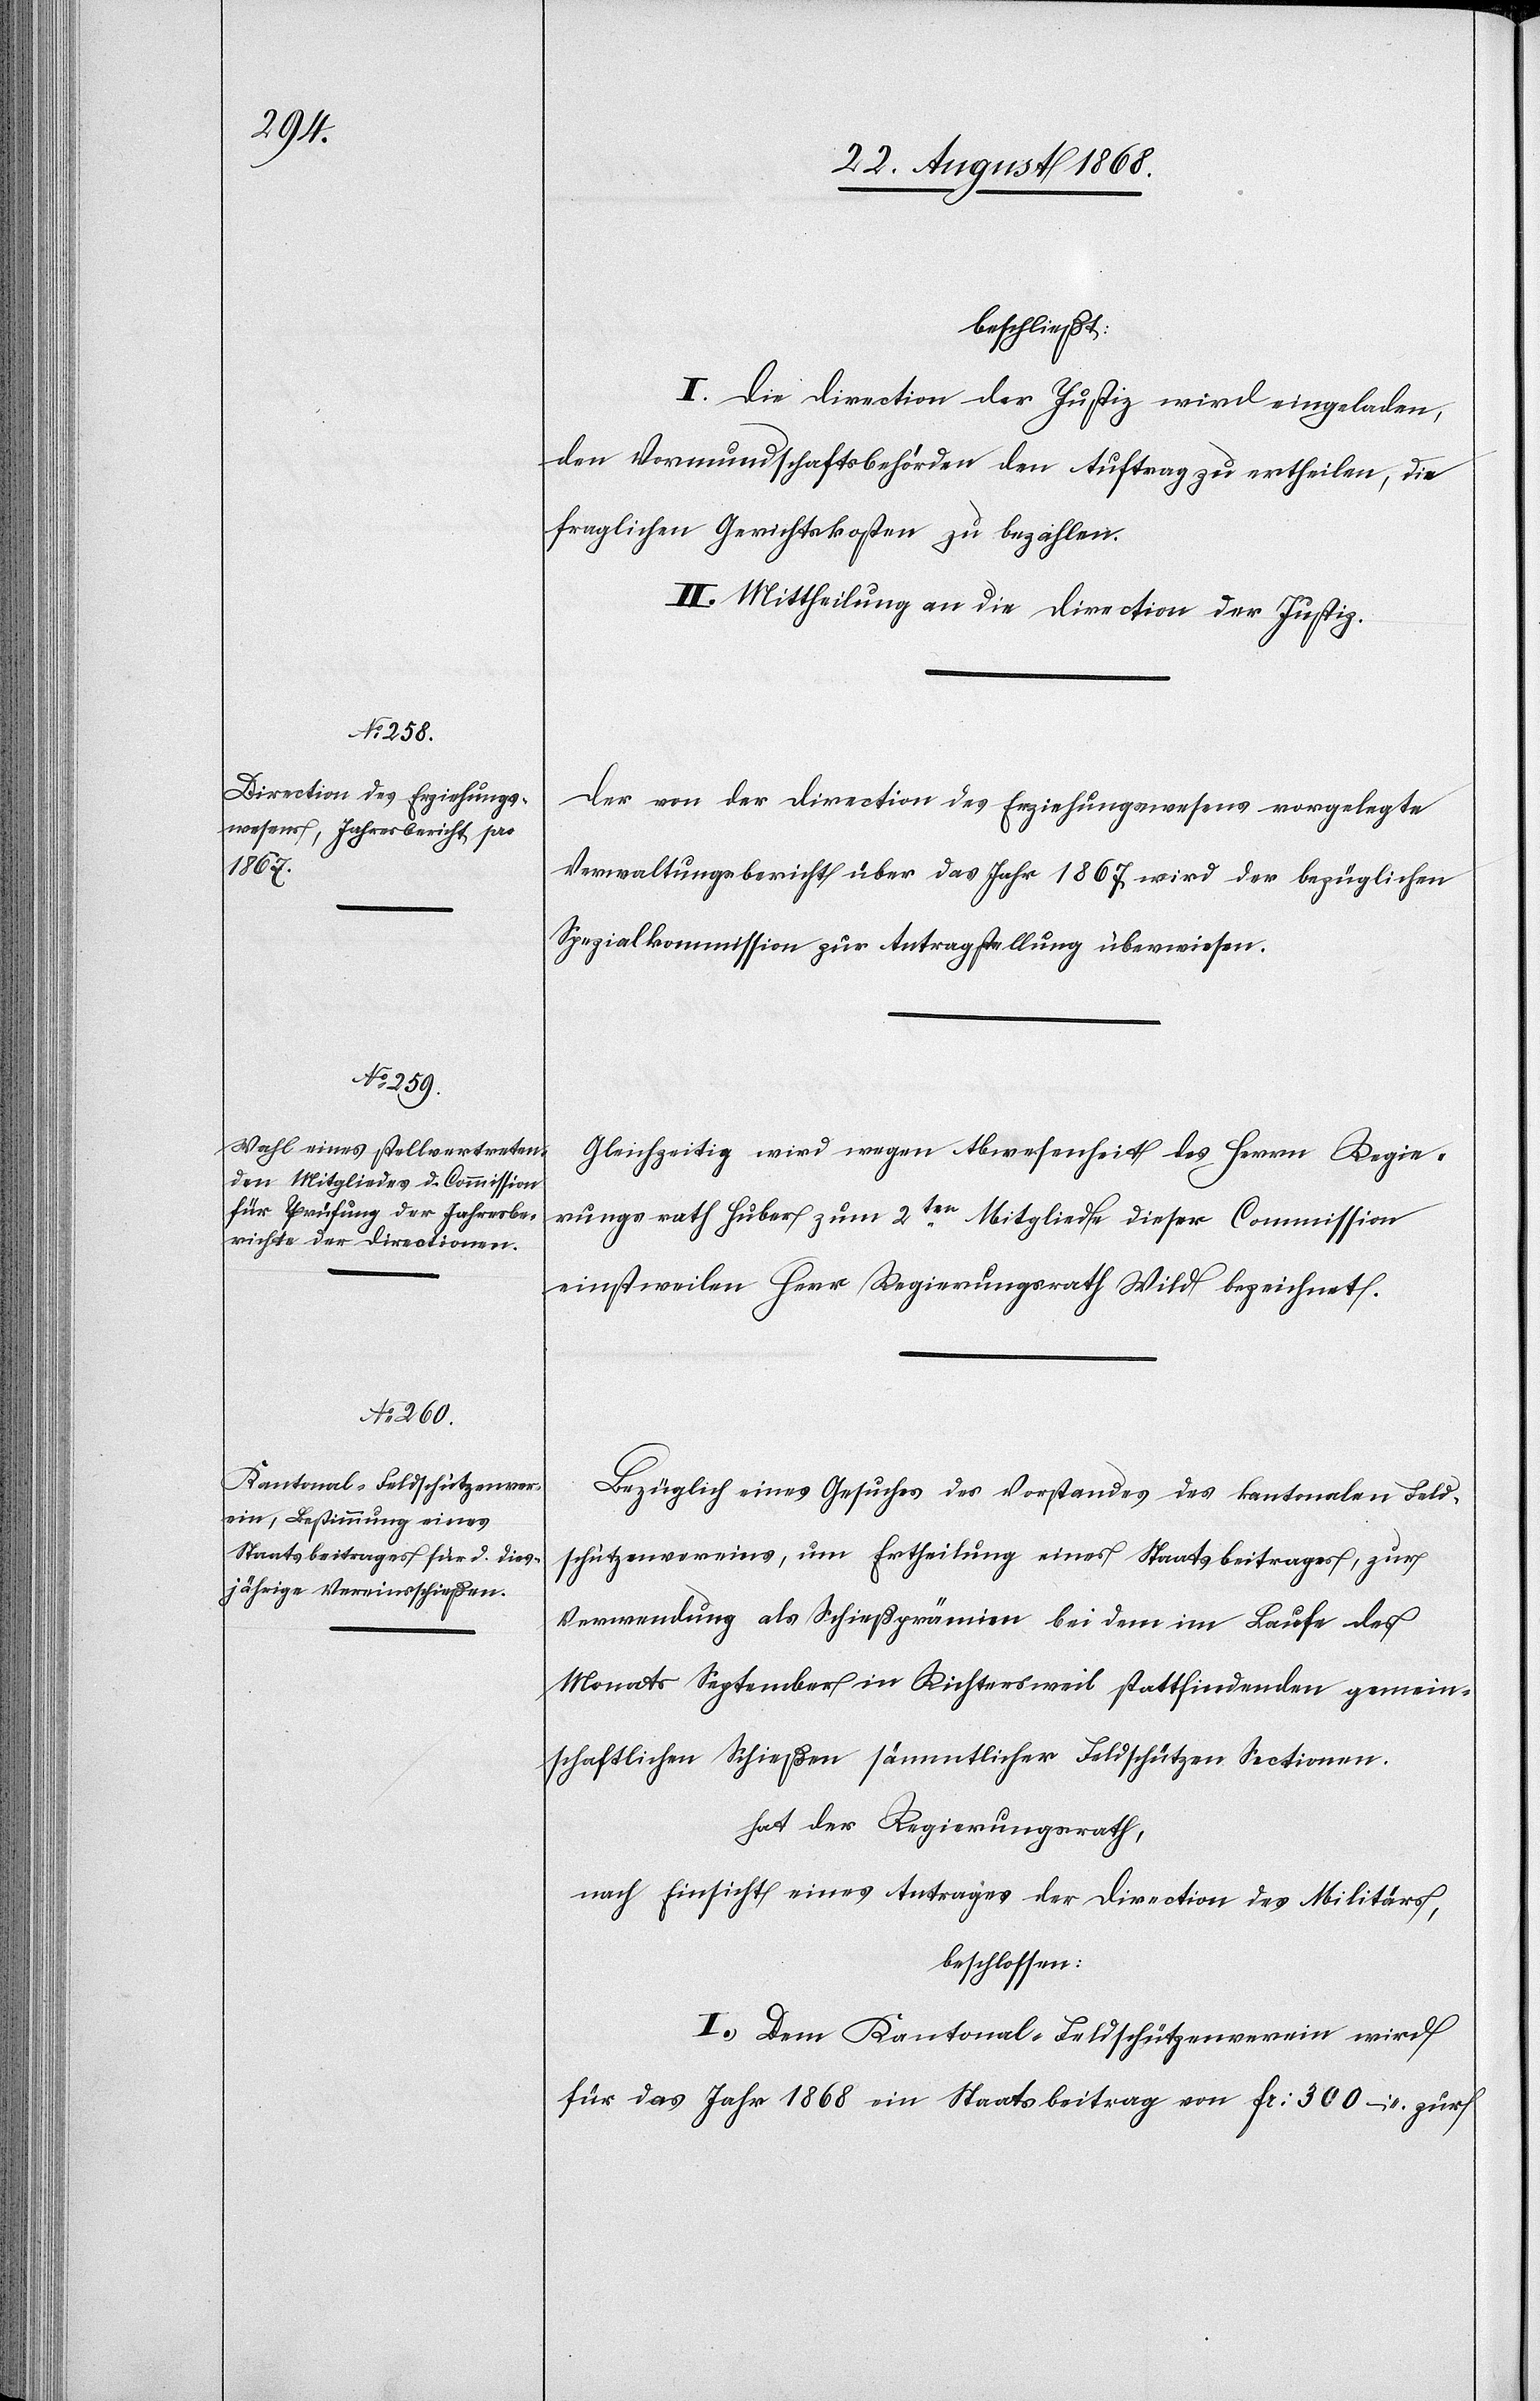
beschließt:
I. Die Direction der Justiz wird eingeladen,
den Vormundschaftsbehörden den Auftrag zu ertheilen, die
fraglichen Gerichtskosten zu bezahlen.
II. Mittheilung an die Direction der Justiz.
Der von der Direction des Erziehungswesens vorgelegte
Verwaltungsbericht über das Jahr 1867 wird der bezüglichen
Spezialkommission zur Antragstellung überwiesen.
Gleichzeitig wird wegen Abwesenheit des Herrn Regie¬
rungsrath Huber zum 2ten Mitgliede dieser Commission
einstweilen Herr Regierungsrath Wild bezeichnet.
Bezüglich eines Gesuches des Vorstandes des kantonalen Feld¬
schützenvereins, um Ertheilung eines Staatsbeitrages, zur
Verwendung als Schießprämien bei dem im Laufe des
Monats September in Richtersweil stattfindenden gemein¬
schaftlichen Schießen sämmtlicher Feldschützen Sectionen
hat der Regierungsrath,
nach Einsicht eines Antrages der Direction des Militärs,
beschlossen:
I.) Dem Kantonal-Feldschützenverein wird
für das Jahr 1868 ein Staatsbeitrag von Fr: 300 – zur